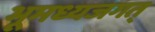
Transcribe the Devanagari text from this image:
भूमध्यजगत्‌